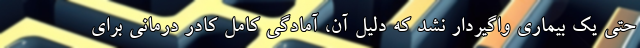
حتی یک بیماری واگیردار نشد که دلیل آن، آمادگی کامل کادر درمانی برای